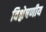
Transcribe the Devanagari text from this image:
विश्लेषणीय